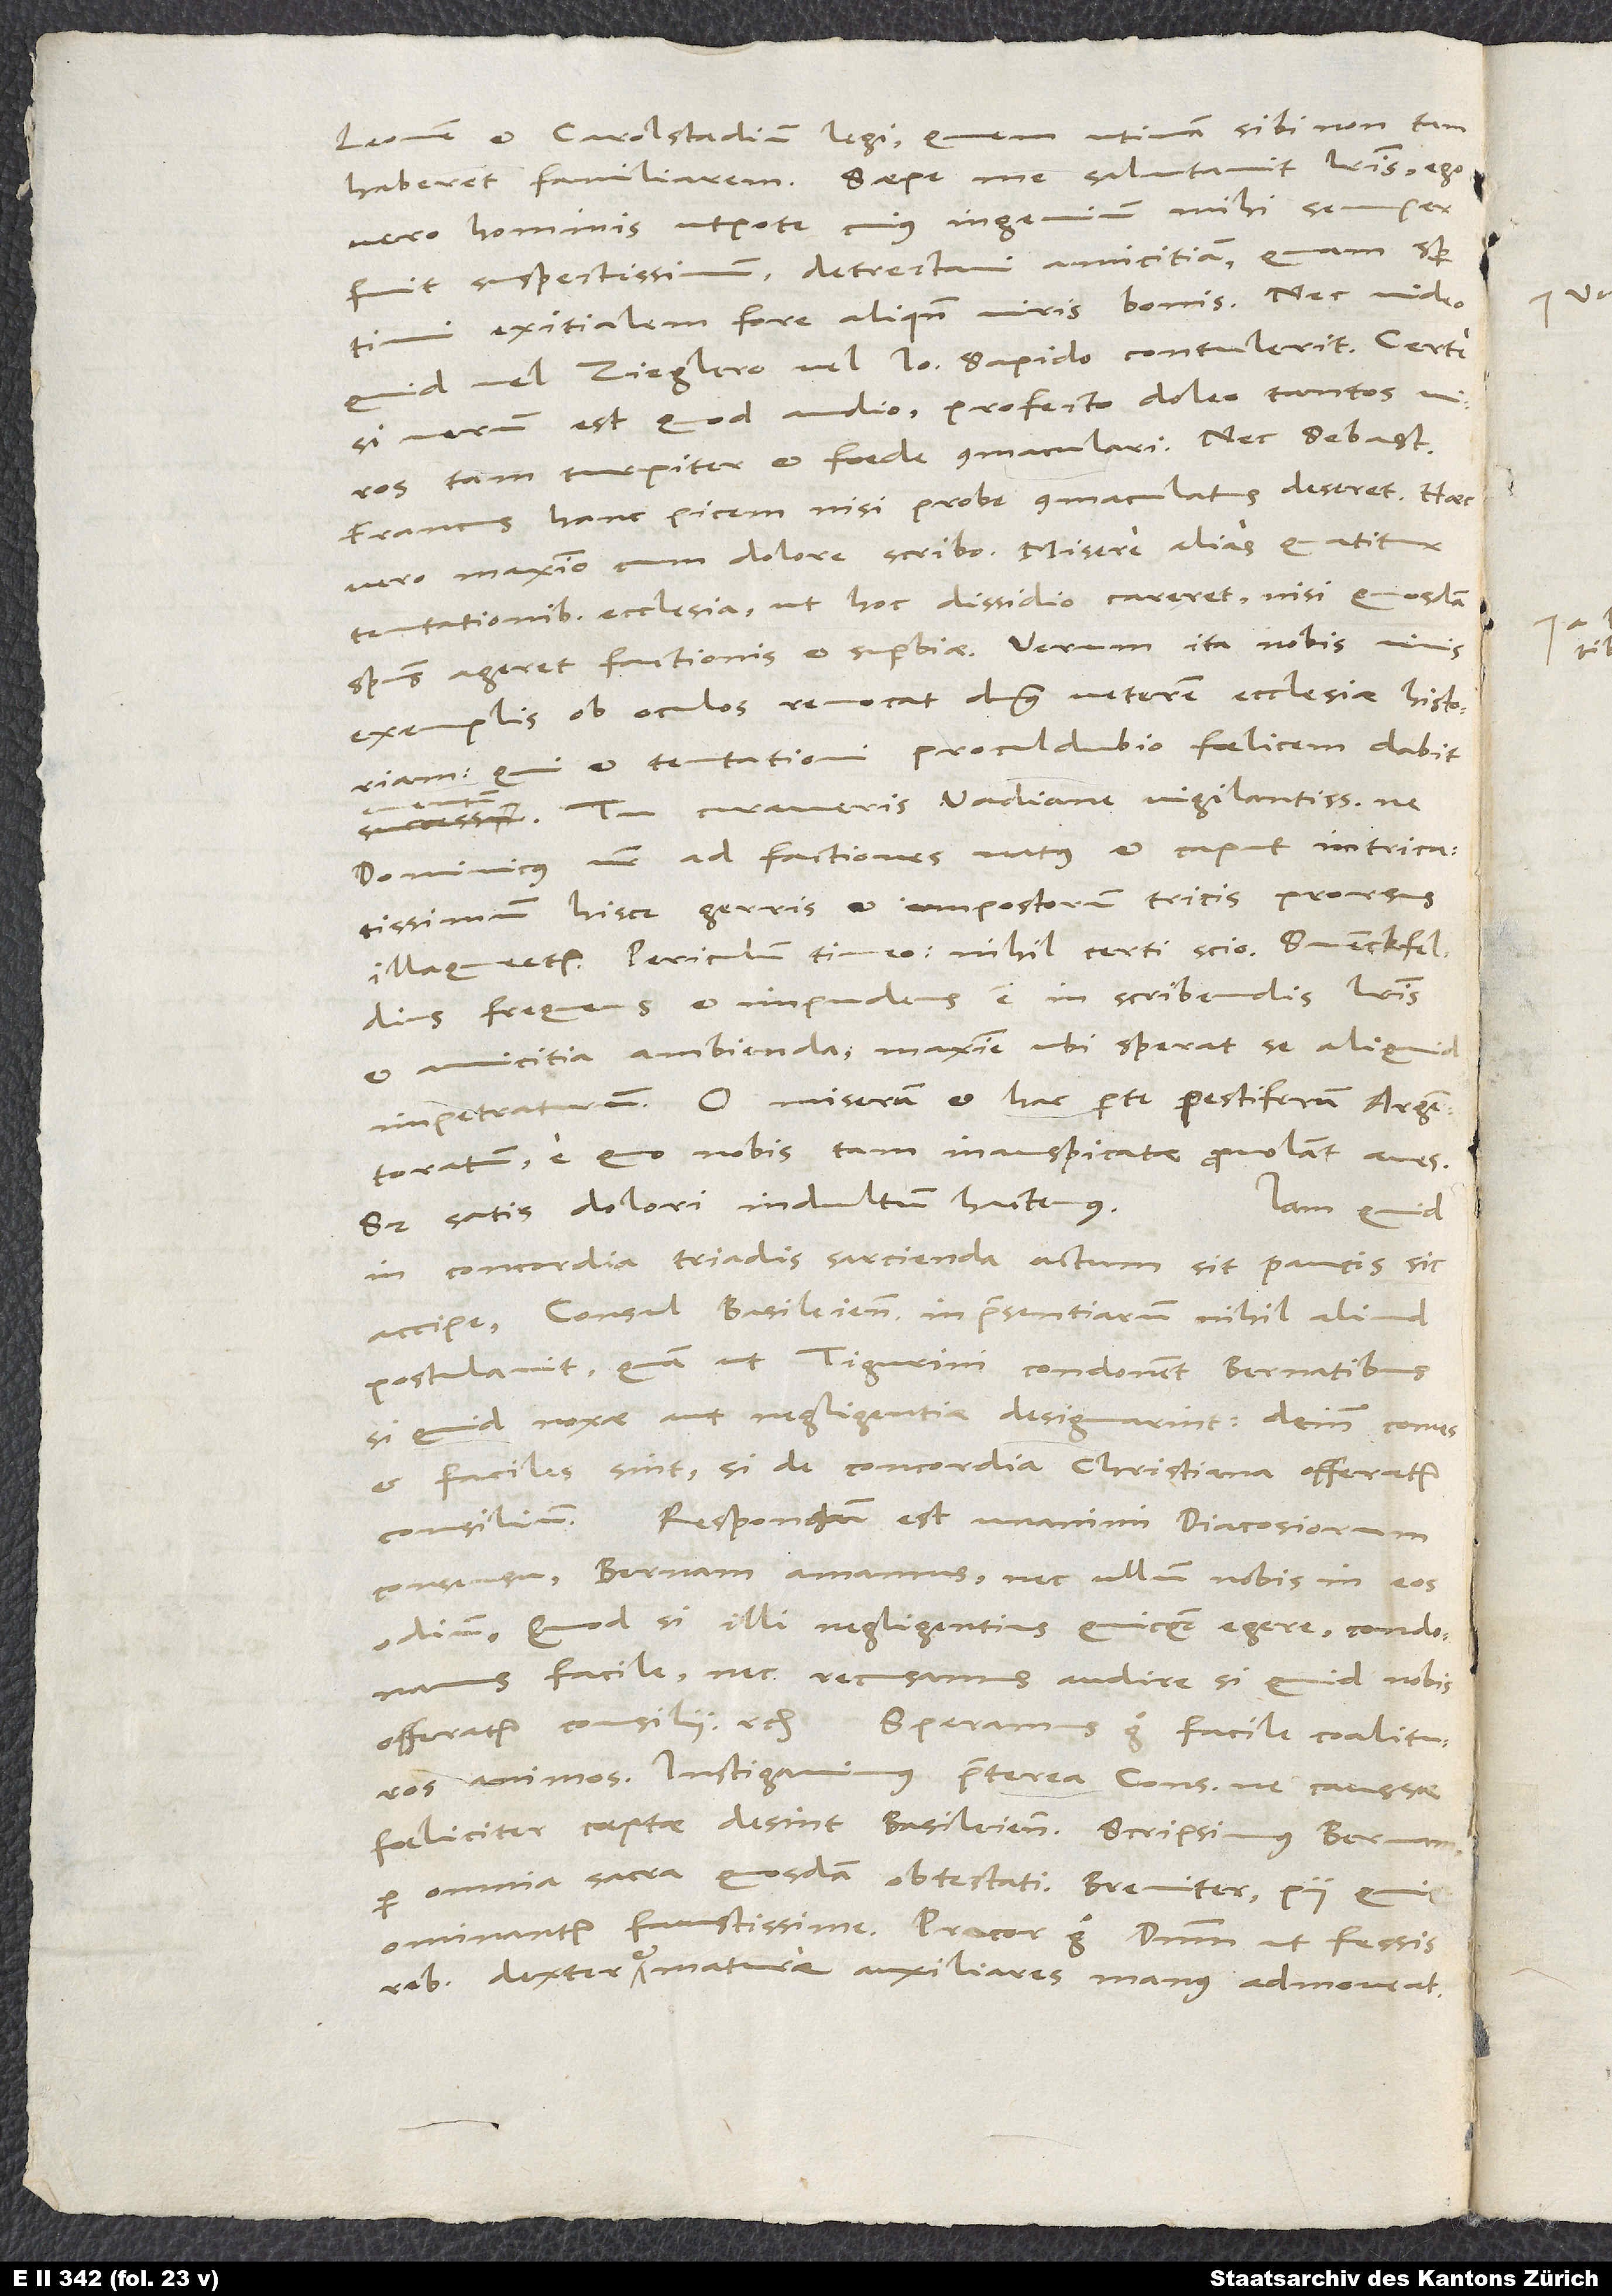
Francus hanc picem nisi probe commaculatus deseret. Haec
vero maximo cum dolore scribo. Misere alias quatitur
tentationibus ecclesia, ut hoc dissidio careret, nisi quosdam
spiritus ageret factionis et superbiae. Verum ita nobis vivis
exemplis ob oculos revocat dominus veterem ecclesiae historiam,
qui et tentationi procul dubio faelicem dabit
Tu curaveris, Vadiane vigilantissime, ne
Dominicus noster, ad factiones natus et caput intricatissimum,
hisce gerris et impostorum tricis prorsus
illaqueetur. Periculum timeo, nihil certi scio. Svenckfeldius
frequens et impudens est in scribendis literis
et amicitia ambienda, maxime ubi sperat se aliquid
impetraturum. O miserum et hac parte pestiferum Argentoratum,
quo nobis tam inauspicatae provolant aves!
Sed satis dolori indultum hactenus.
Iam quid
in concordia triadis sarcienda actum sit, paucis sic
accipe. Consul Basileiensis inpraesentiarum nihil aliud
postulavit, quam ut Tigurini condonent Bernatibus,
si quid noxae aut negligentiae designarint. Deinde comes
et faciles sint, si de concordia christiana offeratur
consilium. Responsum est unanimi diacosiorum
consensu: Bernam amamus, nec ullum nobis in eos
odium. Quodsi illi negligentius quicquam egere, condonamus
facile nec recusamus audire, si quid nobis
offeratur consilii etc. Speramus ergo facile coalituros
animos. Instigavimus praeterea consulem, ne caussae
foeliciter coeptae desint Basileienses. Scripsimus Bernam
per omnia sacra quosdam obtestati. Breviter, pii quique
ominantur faustissime. Praecor ergo dominum, ut fessis
rebus dexter et maturae auxiliares manus admoveat.